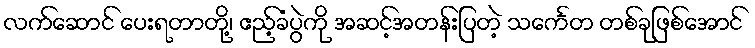
လက်ဆောင် ပေးရတာတို့၊ ဧည့်ခံပွဲကို အဆင့်အတန်းပြတဲ့ သင်္ကေတ တစ်ခုဖြစ်အောင်